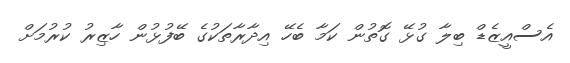
އެސްއީޒެޑް ބިލާ ގުޅޭ ގޮތުން ކަމާ ބެހޭ އިދާރާތަކުގެ ބޭފުޅުން ހާޒިރު ކުރުމަށް